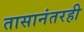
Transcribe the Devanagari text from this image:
तासानंतरही